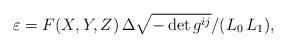
LaTeX: \begin{align*} {\varepsilon}=F(X,Y,Z)\,{\Delta\sqrt{-\det g^{ij}}}/({{L}_0\,{L}_1}),\end{align*}